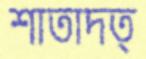
শাতাদত্